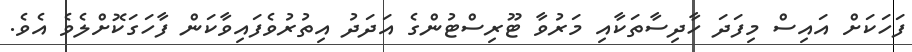
ފަހަކަށް އައިސް މިފަދަ ހާދިސާތަކާއި މަރުވާ ޓޫރިސްޓުންގެ އަދަދު އިތުރުވެފައިވާކަން ފާހަގަކޮށްލެވެ އެވެ.